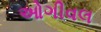
ઓગીવલ